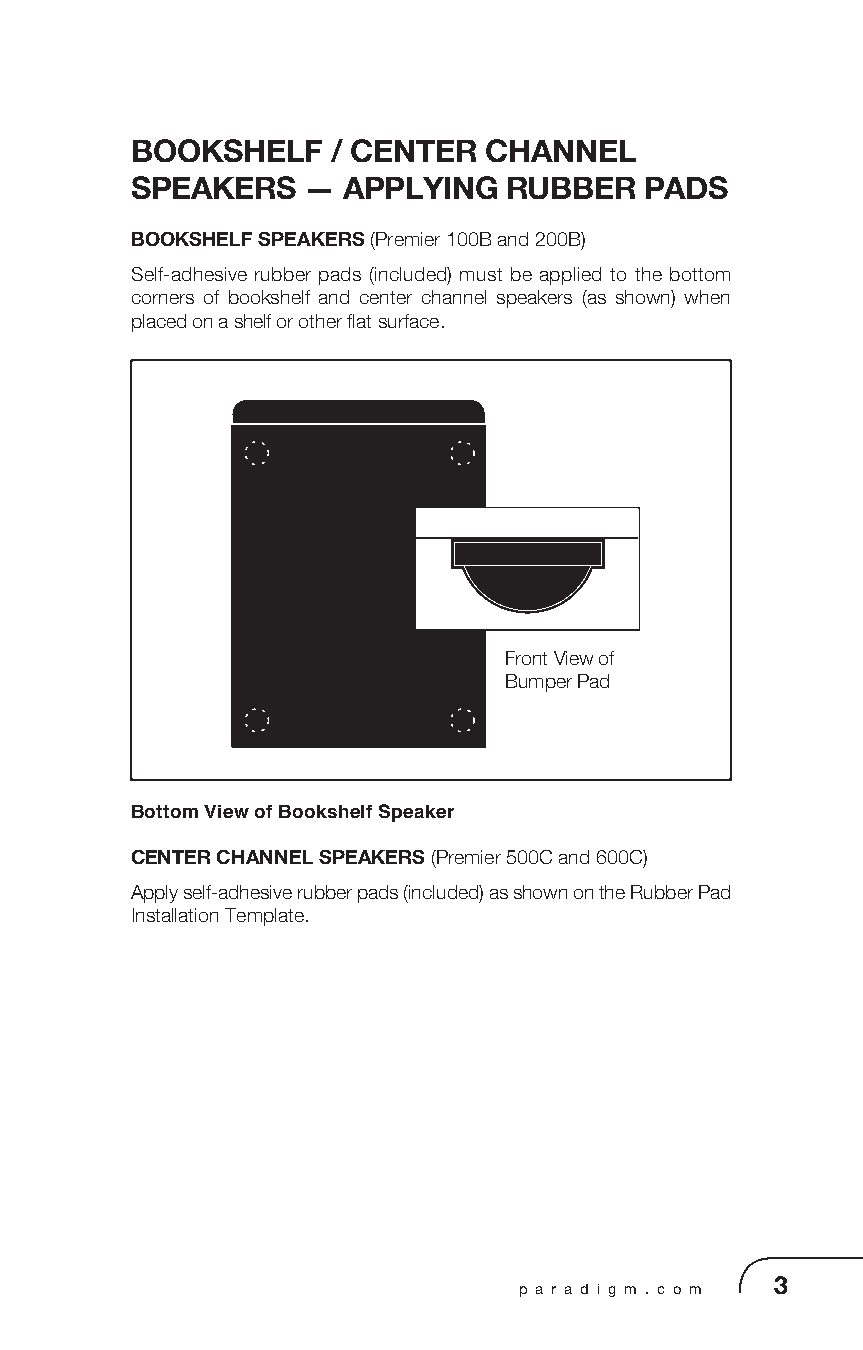
BOOKSHELF    / CENTER  CHANNEL
 SPEAKERS   —  APPLYING  RUBBER    PADS
 BOOKSHELF SPEAKERS (Premier 100B and 200B)
 Self-adhesive rubber pads (included) must be applied to the bottom
 corners of bookshelf and center channel speakers (as shown) when
 placed on a shelf or other flat surface.
 Front View of
 Bumper Pad
 Bottom View of Bookshelf Speaker
 CENTER CHANNEL SPEAKERS (Premier 500C and 600C)
 Apply self-adhesive rubber pads (included) as shown on the Rubber Pad
 Installation Template.
 p a r a d i g m . c o m 3